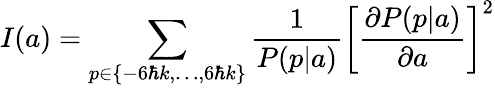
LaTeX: I(a)=\sum_{p\in\{ -6\hbar k,\ldots,6\hbar k\} }\frac 1{P(p|a)}\left[\frac{\partial P(p|a)}{\partial a}\right]^{2}